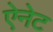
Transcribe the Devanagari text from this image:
ऐनेट